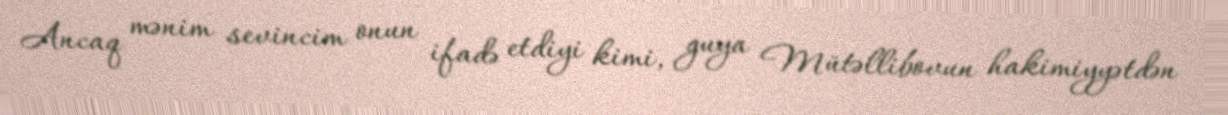
Ancaq mənim sevincim onun ifadə etdiyi kimi, guya Mütəllibovun hakimiyyətdən